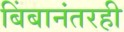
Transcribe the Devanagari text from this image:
बिंबानंतरही